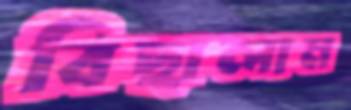
বিছালাম